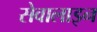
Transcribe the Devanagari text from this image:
सेवालाइन